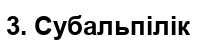
3. Субальпілік